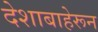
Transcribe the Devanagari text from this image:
देशाबाहेरून